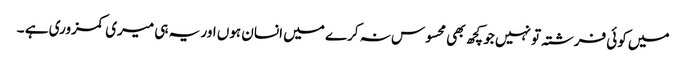
میں کوئی فرشتہ تو نہیں جو کچھ بھی محسوس نہ کرے میں انسان ہوں اور یہ ہی میری کمزوری ہے ۔